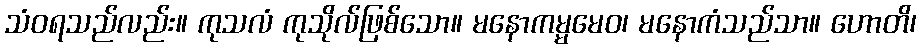
သံဝရသည်လည်း။ ကုသလံ ကုသိုလ်ဖြစ်သော။ မနောကမ္မမေဝ၊ မနောကံသည်သာ။ ဟောတိ၊